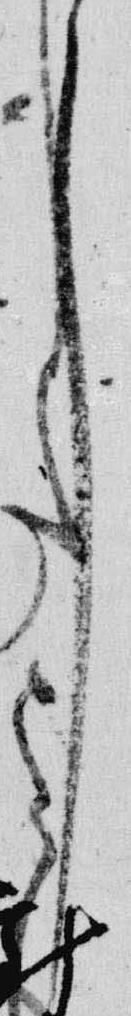
了